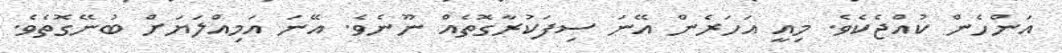
އަންހެން ކުއްޖެކެވެ. މިއީ އަހަރެން އޭނަ ސިފަކުރާގޮތެއް ނޫނެވެ. އޭނަ އަމިއްލަޔަށް ބުނޭގޮތެވެ.